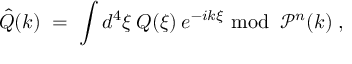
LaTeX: \hat { Q } ( k ) \; = \; \int d ^ { 4 } \xi \: Q ( \xi ) \: e ^ { - i k \xi } { \mathrm { ~ m o d ~ } } \: { \mathcal { P } } ^ { n } ( k ) \; ,